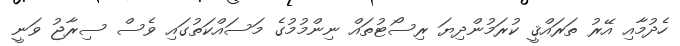
ހެދުމާއި އޭރު ތަރައްޤީ ކުރަމުންދިޔަ ރިސޯޓުތައް ނިންމުމުގެ މަސައްކަތުގައި ވެސް ސިރާޖު ވަނީ